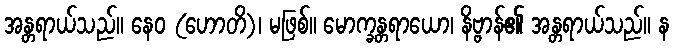
အန္တရာယ်သည်။ နေဝ (ဟောတိ)၊ မဖြစ်။ မောက္ခန္တရာယော၊ နိဗ္ဗာန်၏ အန္တရာယ်သည်။ န